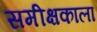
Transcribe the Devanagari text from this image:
समीक्षकाला